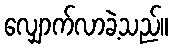
လျှောက်လာခဲ့သည်။